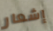
إشعار